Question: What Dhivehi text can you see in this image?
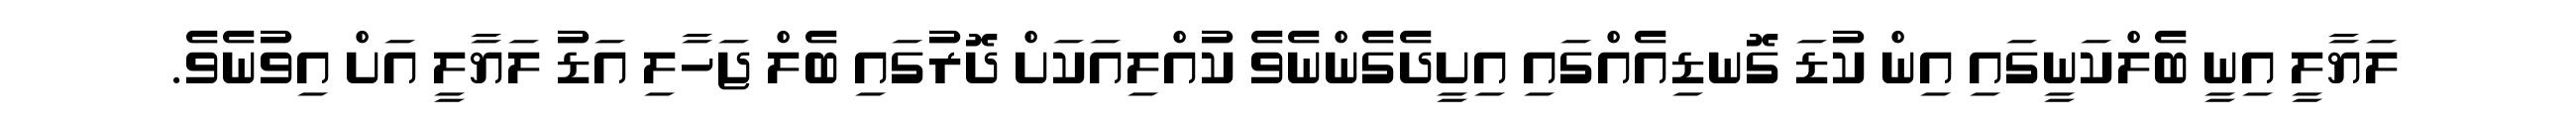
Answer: ލަޔާލީ އިނީ ބެލްކަނީގައި އިން ކުޑަ ގޮނޑިއެއްގައި އިށީދެގެންނެވެ ކުއްލިއަކަށް ދޮރުގައި ބެލް ޖަހާލި އަޑު ލަޔާލީ އަށް އިވުނެވެ.